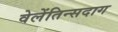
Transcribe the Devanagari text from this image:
वेलेंतिन्सदाग